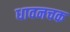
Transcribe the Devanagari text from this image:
धावनचक